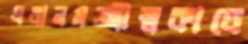
প্রধানমন্ত্রীত্বকালে